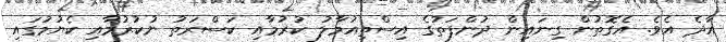
އާދެ އެވެ. އެގޮތުން ގިނައިން ދުންފަތުގެ އިސްތިއުމާލު ކުރުމާއި ކަސްރަތު ނުކުރުމާއި ކެޔުމުގައި